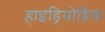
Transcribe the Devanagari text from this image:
हाइड्रियोडिक